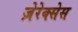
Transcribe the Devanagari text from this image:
ज़ेरेक्सेस